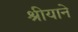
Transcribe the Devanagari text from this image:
श्रीयाने